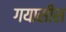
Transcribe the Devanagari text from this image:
गयासीस